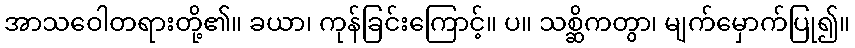
အာသဝေါတရားတို့၏။ ခယာ၊ ကုန်ခြင်းကြောင့်။ ပ။ သစ္ဆိကတွာ၊ မျက်မှောက်ပြု၍။